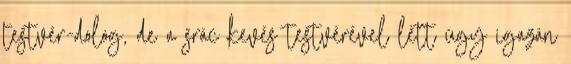
testvér-dolog, de a srác kevés testvérével lett úgy igazán